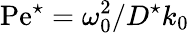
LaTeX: \mathrm{Pe}^{\star}=\omega_{0}^{2}/D^{\star}k_{0}